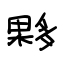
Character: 夥